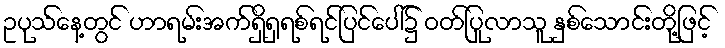
ဥပုသ်နေ့တွင် ဟာရမ်းအက်ရှိရှရစ်ရင်ပြင်ပေါ်၌ ဝတ်ပြုလာသူ နှစ်သောင်းတို့ဖြင့်